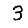
Digit: 3